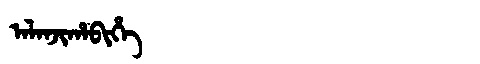
Manchu: ᠠᠯᠠᠨᠵᡳᡥᠠᠪᡳᡥᡝ
Romanization: ALANJIHABIHE